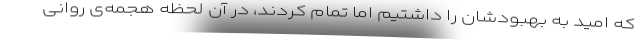
که امید به بهبودشان را داشتیم اما تمام کردند، در آن لحظه هجمه‌ی روانی